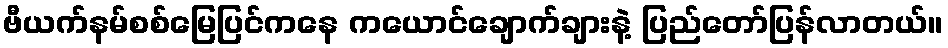
ဗီယက်နမ်စစ်မြေပြင်ကနေ ကယောင်ချောက်ချားနဲ့ ပြည်တော်ပြန်လာတယ်။